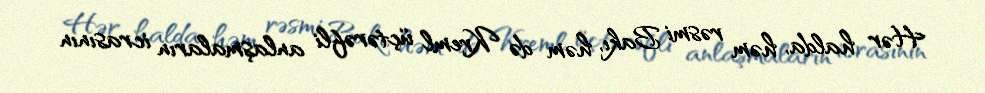
Hər halda, həm rəsmi Bakı, həm də Kreml üçtərəfli anlaşmaların icrasının